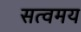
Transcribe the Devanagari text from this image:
सत्वमय